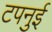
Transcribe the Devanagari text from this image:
टपनुई